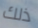
ذلك